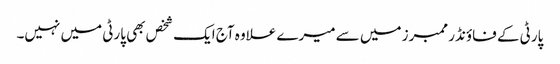
پارٹی کے فاؤنڈر ممبرز میں سے میرے علاوہ آج ایک شخص بھی پارٹی میں نہیں۔